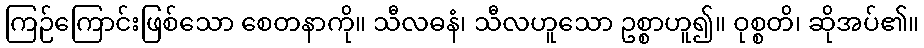
ကြဉ်ကြောင်းဖြစ်သော စေတနာကို။ သီလဓနံ၊ သီလဟူသော ဥစ္စာဟူ၍။ ဝုစ္စတိ၊ ဆိုအပ်၏။